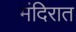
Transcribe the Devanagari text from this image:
मंदिरात